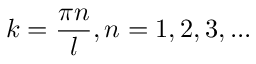
k = \frac { \pi n } { l } , n = 1 , 2 , 3 , . . .